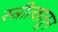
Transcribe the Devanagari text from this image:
स्त्रीत्वातून